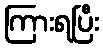
ကြားရပြီး